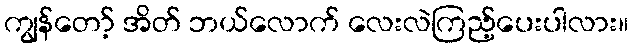
ကျွန်တော့် အိတ် ဘယ်လောက် လေးလဲကြည့်ပေးပါလား။